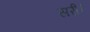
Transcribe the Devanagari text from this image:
सरी।